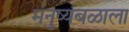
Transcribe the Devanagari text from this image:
मनुष्यबळाला